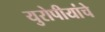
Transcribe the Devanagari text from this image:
युरोपीयांचे